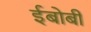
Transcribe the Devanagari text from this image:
ईबोबी